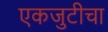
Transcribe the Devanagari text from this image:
एकजुटीचा